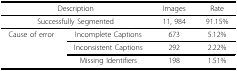
<table><thead><tr><td colspan="2"><b>Description</b></td><td><b>Images</b></td><td><b>Rate</b></td></tr></thead><tbody><tr><td colspan="2">Successfully Segmented</td><td>11, 984</td><td>91.15%</td></tr><tr><td>Cause of error</td><td>Incomplete Captions</td><td>673</td><td>5.12%</td></tr><tr><td></td><td>Inconsistent Captions</td><td>292</td><td>2.22%</td></tr><tr><td></td><td>Missing Identifiers</td><td>198</td><td>1.51%</td></tr></tbody></table>